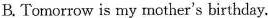
B. Tomorrow is my mother's birthday.